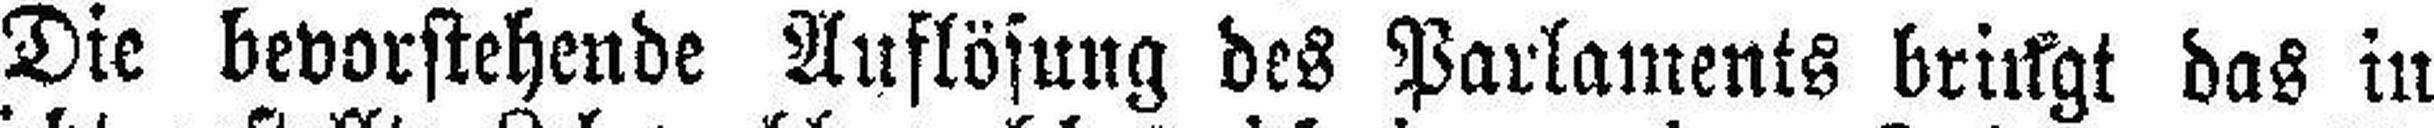
Die bevorstehende Auflösung des Parlaments bringt das in